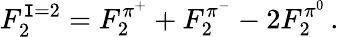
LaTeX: F_{2}^{\mathtt{I}=2}=F_{2}^{\pi^{+}}+F_{2}^{\pi^{-}}-2F_{2}^{\pi^{0}}\, .